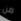
من